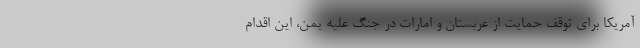
آمریکا برای توقف حمایت از عربستان و امارات در جنگ علیه یمن، این اقدام